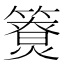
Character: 𥵐